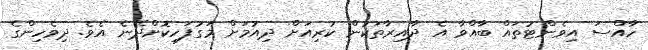
ހާއްސަ އިވެންޓުތައް ބާއްވާ އެ ދާއިރާތަކުން ކުރިއަށް ދިއުމަށް މަގުފަހިކޮށްދޭނެ އެވެ. ދިވެހިންގެ